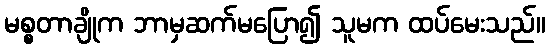
မစ္စတာချိုက ဘာမှဆက်မပြော၍ သူမက ထပ်မေးသည်။